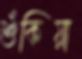
শুঁকিয়া